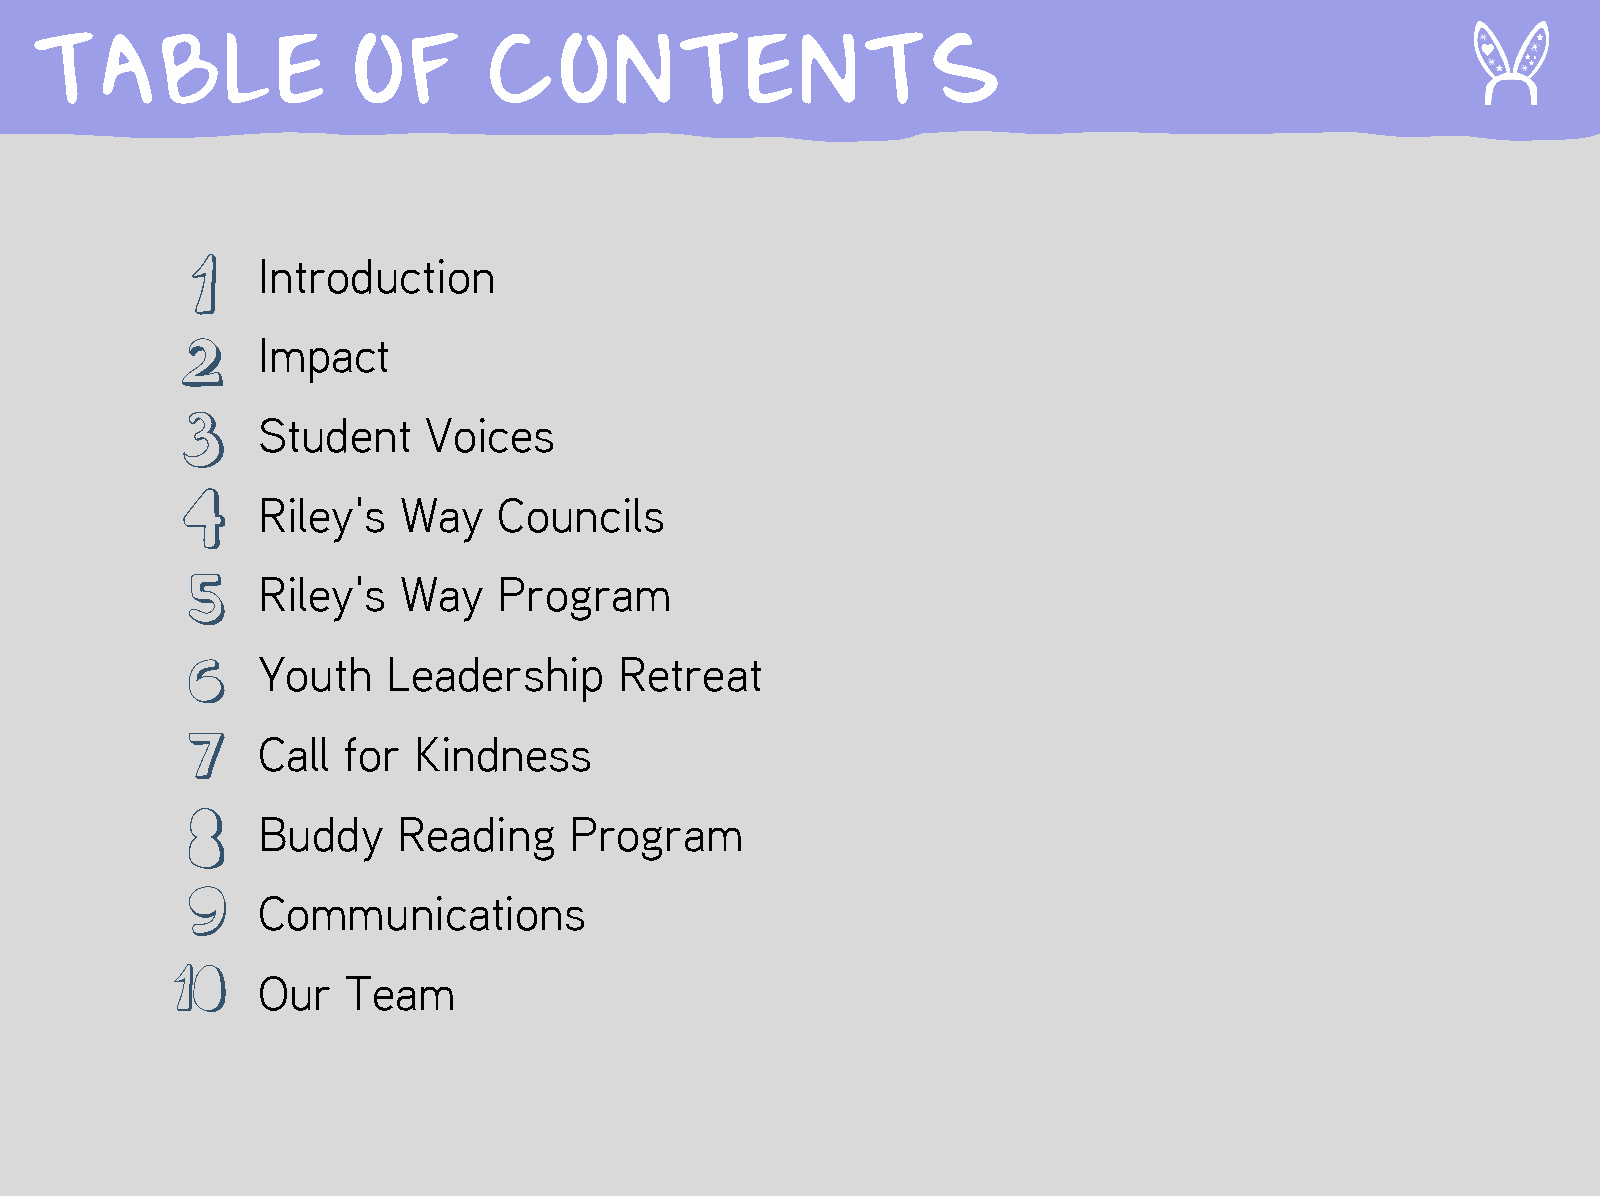
TABLE                OF       CONTENTS
 Introduction
 Impact
 Student    Voices
 Riley's  Way    Councils
 Riley's  Way    Program
 Youth    Leadership     Retreat
 Call  for Kindness
 Buddy    Reading     Program
 Communications
 Our   Team